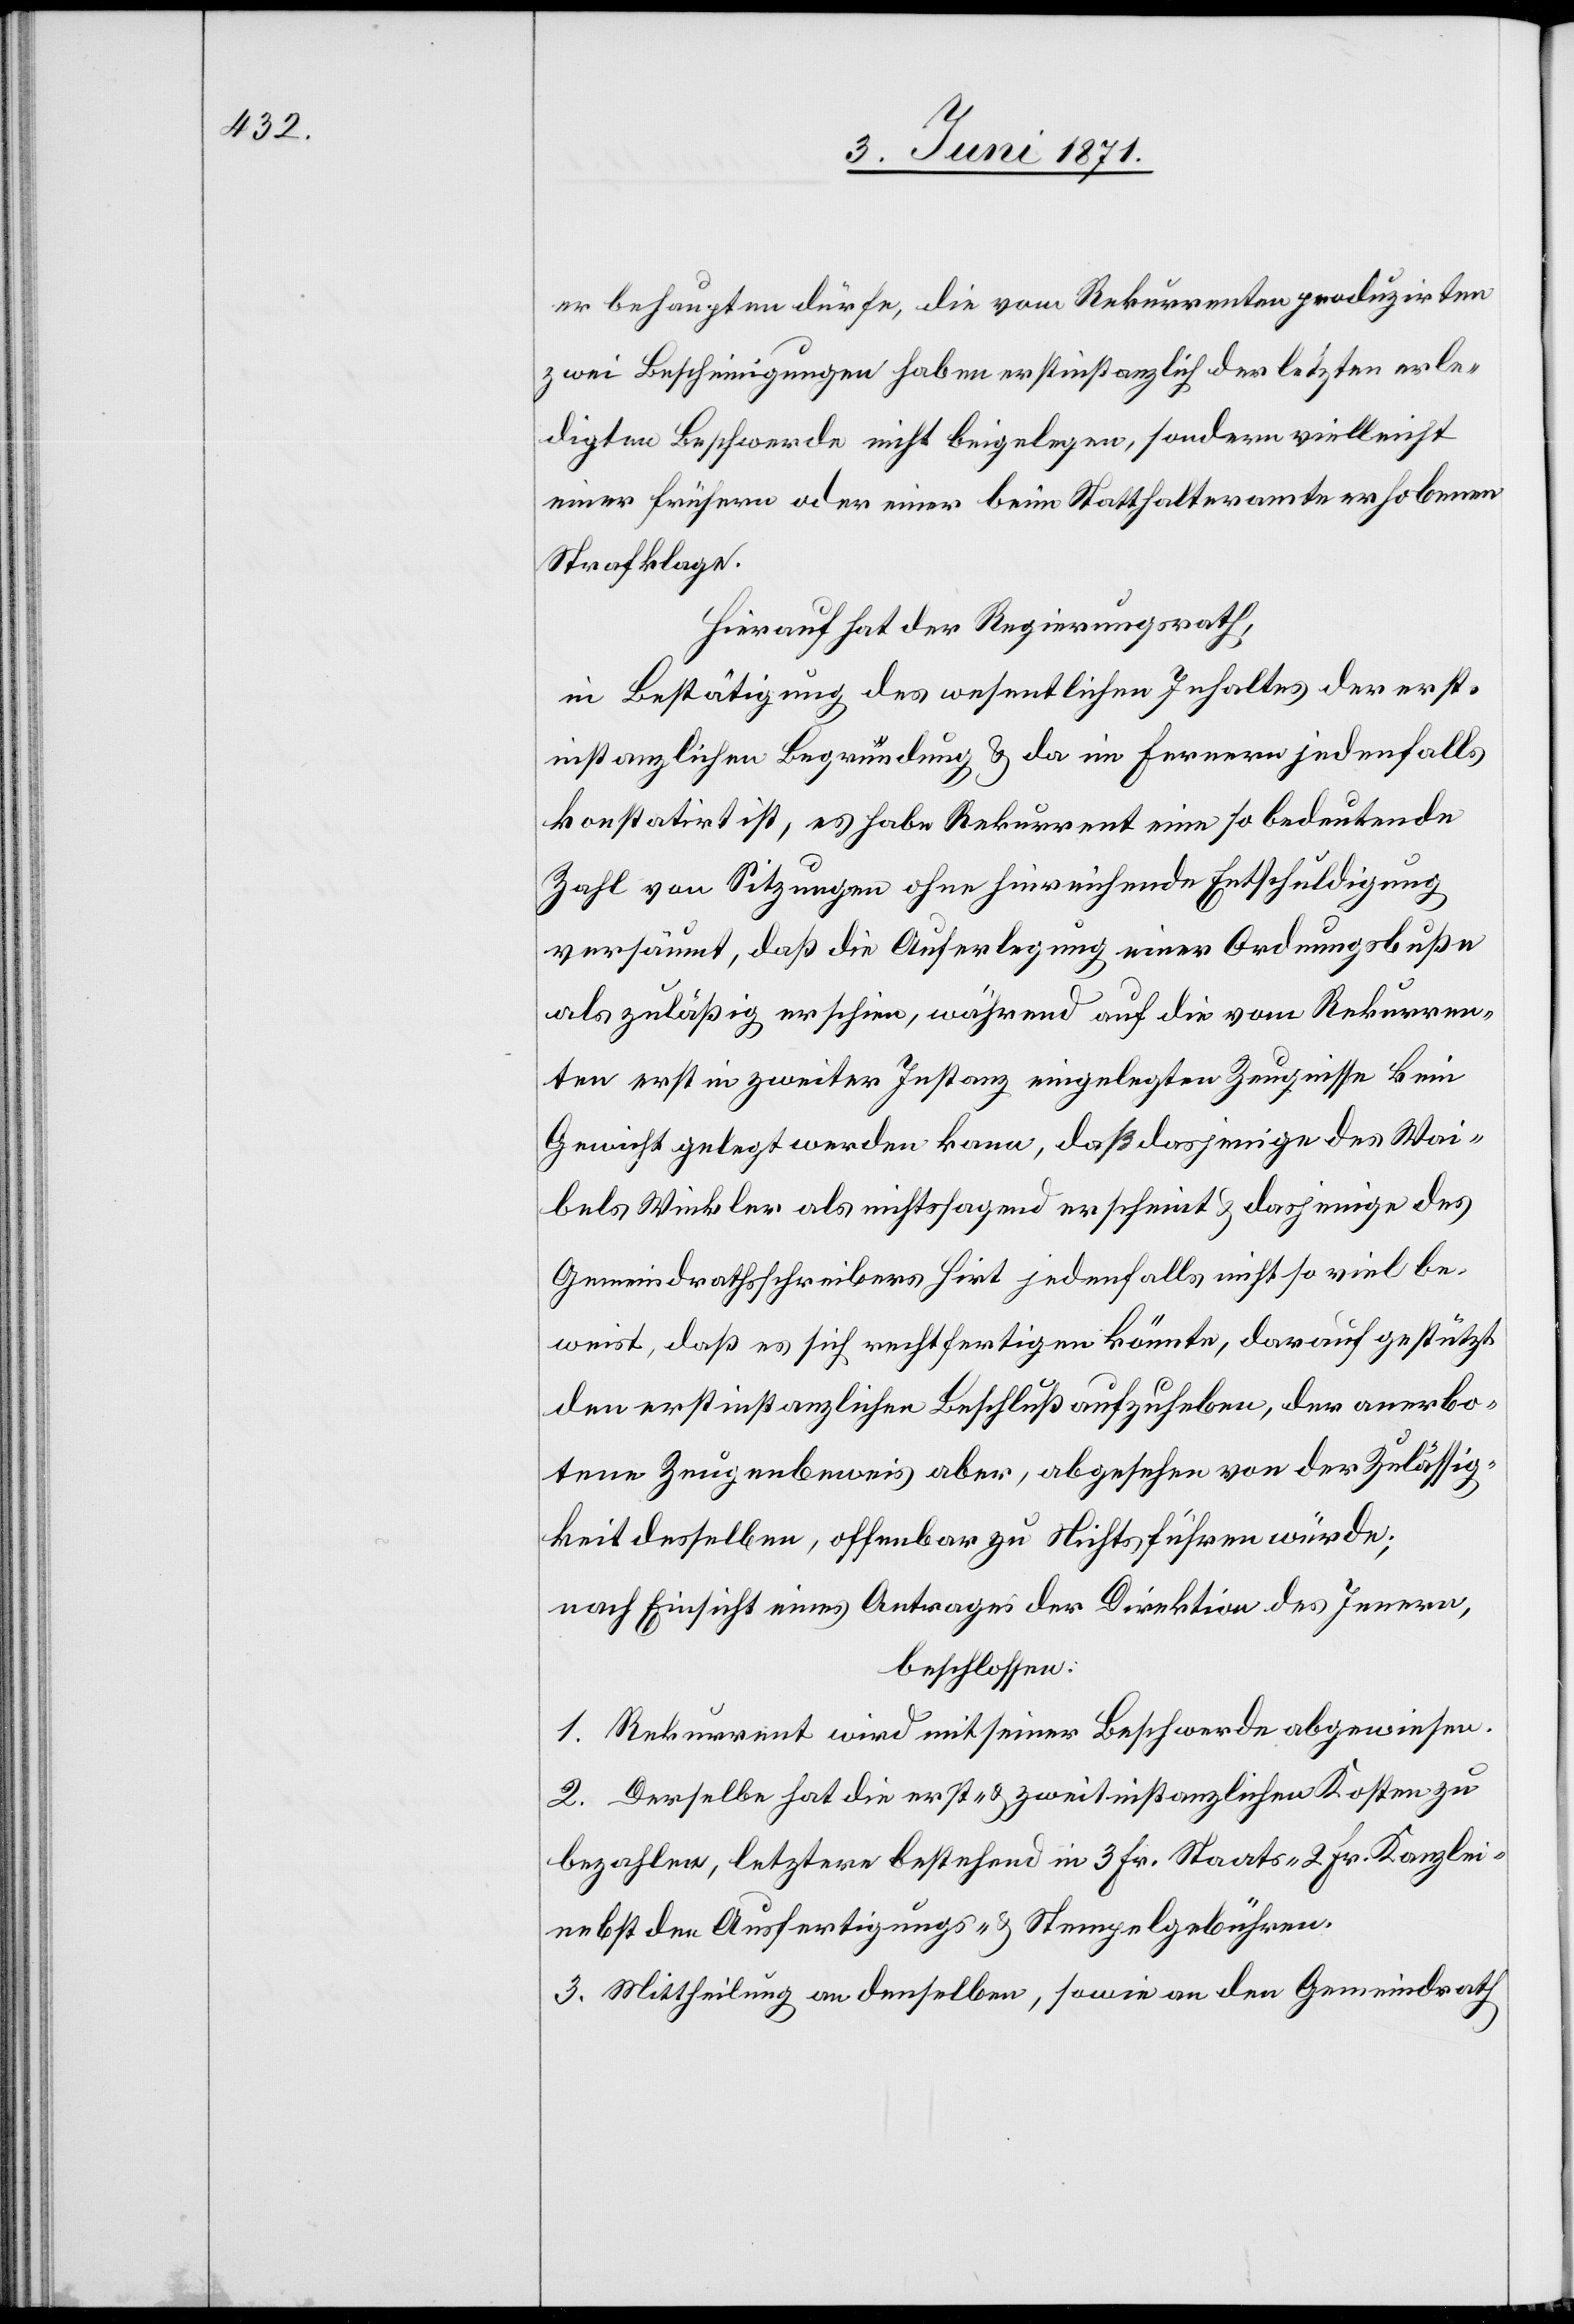
er behaupten dürfe, die vom Rekurrenten produzirten
zwei Bescheinigungen haben erstinstanzlich der letzten erle¬
digten Beschwerde nicht beigelegen, sondern vielleicht
einer frühern oder einer beim Statthalteramte erhobenen
Strafklage.
Hierauf hat der Regierungsrath,
in Bestätigung des wesentlichen Inhaltes der erst¬
instanzlichen Begründung u. da im Fernern jedenfalls
konstatirt ist, es habe Rekurrent eine so bedeutende
Zahl von Sitzungen ohne hinreichende Entschuldigung
versäumt, daß die Auferlegung einer Ordnungsbuße
als zuläßig erschien, während auf die vom Rekurren¬
ten erst in zweiter Instanz eingelegten Zeugnisse kein
Gewicht gelegt werden kann, daß dasjenige des Wai¬
bels Winkler als nichtssagend erscheint u. dasjenige des
Gemeindrathsschreibers Hirt jedenfalls nicht so viel be¬
weist, daß es sich rechtfertigen könnte, darauf gestützt
den erstinstanzlichen Beschluß aufzuheben, der anerbo¬
tene Zeugenbeweis aber, abgesehen von der Zulässig¬
keit desselben, offenbar zu Nichts führen würde;
nach Einsicht eines Antrages der Direktion des Innern,
beschlossen:
1. Rekurrent wird mit seiner Beschwerde abgewiesen.
2. Derselbe hat die erst- u. zweitinstanzlichen Kosten zu
bezahlen, letztere bestehend in 3 Fr. Staats- 2 Fr. Kanzlei-
nebst den Ausfertigungs- u. Stempelgebühren.
3. Mittheilung an denselben, sowie an den Gemeindrath